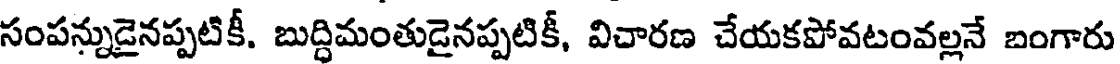
సంపన్నుడైనప్పటికీ. బుద్ధిమంతుడైనప్పటికీ, విచారణ చేయకపోవటంవల్లనే బంగారు